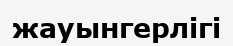
жауынгерлігі